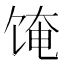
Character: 𬲼